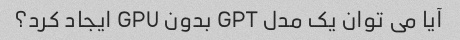
آیا می توان یک مدل GPT بدون GPU ایجاد کرد؟